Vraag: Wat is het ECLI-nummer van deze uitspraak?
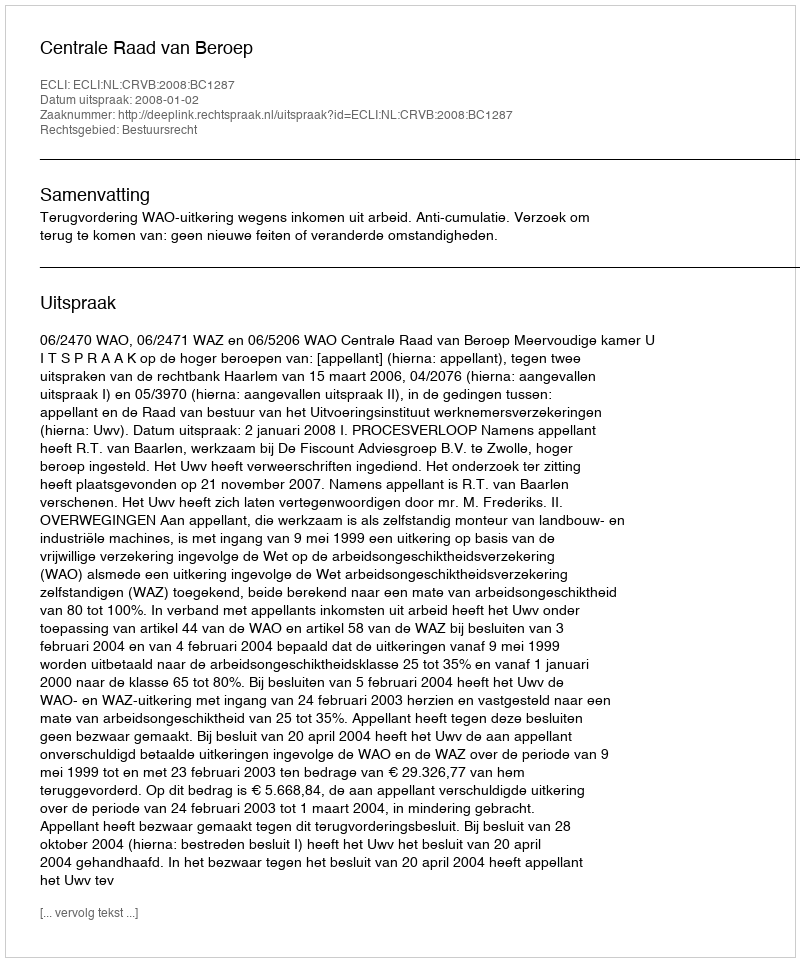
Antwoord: ECLI:NL:CRVB:2008:BC1287